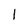
Character: 1